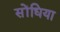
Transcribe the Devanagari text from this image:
सोंधिया